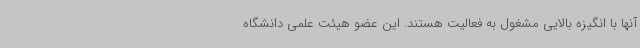
آنها با انگیزه بالایی مشغول به فعالیت هستند. این عضو هیئت علمی دانشگاه